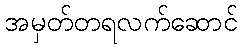
အမှတ်တရလက်ဆောင်